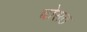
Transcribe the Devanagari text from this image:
चोसठ